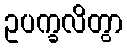
ဥပက္ခလိတွာ